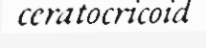
ceratocricoid